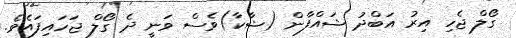
ގޯލް ޖެހި އިރު އަބްދު ޝައްފާން (ޝާކާ)ވެސް ވަނީ ދެ ގޯލް ޖަހައިފައެވެ.